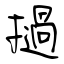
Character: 撾